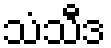
သံသီဒ